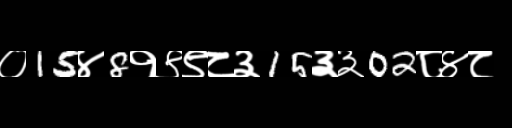
Text: ०15४8१९९८३15३३02८४८